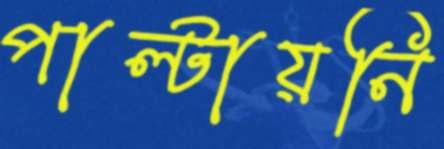
পাল্টায়নি